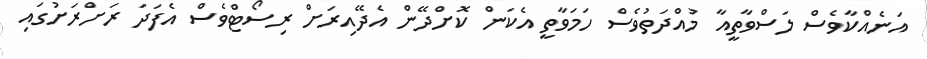
އަނެއްކާވެސް ލަސްވާތީއާ މުއްދަތުވެސް ހަމަވާތީ އެކަން ކޮށްދޭން އެދޭއިރަށް ރިސޯޓްވެސް އެފަދަ ރަށްރަށުގައި